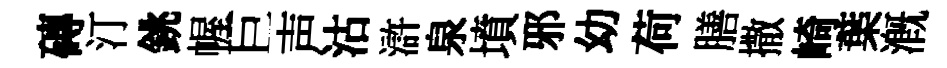
磚汀銚幄巨声沽滸泉墳邪幼荷膳撒崎葉溉